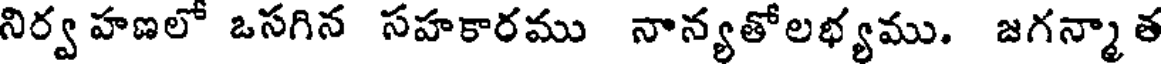
నిర్వ హణలో ఒసగిన సహకారము నాన్యతోలభ్యము. జగన్మా త